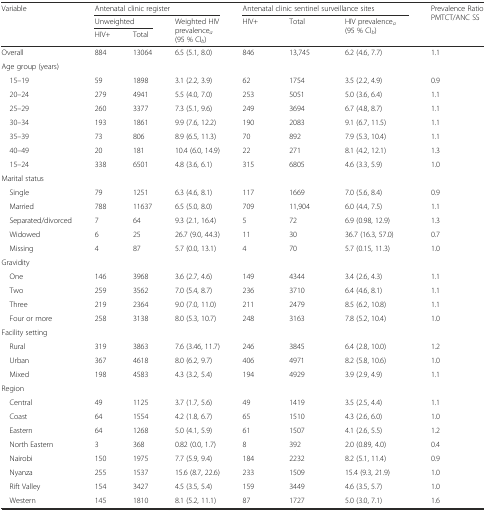
<table><thead><tr><td rowspan="3"><b>Variable</b></td><td colspan="3"><b>Antenatal clinic register</b></td><td colspan="3"><b>Antenatal clinic sentinel surveillance sites</b></td><td rowspan="3"><b>Prevalence Ratio PMTCT/ANC SS</b></td></tr><tr><td colspan="2"><b>Unweighted</b></td><td rowspan="2"><b>Weighted HIV prevalence<sub><i>a</i></sub> (95 % CI<sub><i>b</i></sub>)</b></td><td rowspan="2"><b>HIV+</b></td><td rowspan="2"><b>Total</b></td><td rowspan="2"><b>HIV prevalence<sub><i>a</i></sub> (95 % CI<sub><i>b</i></sub>)</b></td></tr><tr><td><b>HIV+</b></td><td><b>Total</b></td></tr></thead><tbody><tr><td>Overall</td><td>884</td><td>13064</td><td>6.5 (5.1, 8.0)</td><td>846</td><td>13,745</td><td>6.2 (4.6, 7.7)</td><td>1.1</td></tr><tr><td colspan="8">Age group (years)</td></tr><tr><td> 15–19</td><td>59</td><td>1898</td><td>3.1 (2.2, 3.9)</td><td>62</td><td>1754</td><td>3.5 (2.2, 4.9)</td><td>0.9</td></tr><tr><td> 20–24</td><td>279</td><td>4941</td><td>5.5 (4.0, 7.0)</td><td>253</td><td>5051</td><td>5.0 (3.6, 6.4)</td><td>1.1</td></tr><tr><td> 25–29</td><td>260</td><td>3377</td><td>7.3 (5.1, 9.6)</td><td>249</td><td>3694</td><td>6.7 (4.8, 8.7)</td><td>1.1</td></tr><tr><td> 30–34</td><td>193</td><td>1861</td><td>9.9 (7.6, 12.2)</td><td>190</td><td>2083</td><td>9.1 (6.7, 11.5)</td><td>1.1</td></tr><tr><td> 35–39</td><td>73</td><td>806</td><td>8.9 (6.5, 11.3)</td><td>70</td><td>892</td><td>7.9 (5.3, 10.4)</td><td>1.1</td></tr><tr><td> 40–49</td><td>20</td><td>181</td><td>10.4 (6.0, 14.9)</td><td>22</td><td>271</td><td>8.1 (4.2, 12.1)</td><td>1.3</td></tr><tr><td> 15–24</td><td>338</td><td>6501</td><td>4.8 (3.6, 6.1)</td><td>315</td><td>6805</td><td>4.6 (3.3, 5.9)</td><td>1.0</td></tr><tr><td colspan="8">Marital status</td></tr><tr><td> Single</td><td>79</td><td>1251</td><td>6.3 (4.6, 8.1)</td><td>117</td><td>1669</td><td>7.0 (5.6, 8.4)</td><td>0.9</td></tr><tr><td> Married</td><td>788</td><td>11637</td><td>6.5 (5.0, 8.0)</td><td>709</td><td>11,904</td><td>6.0 (4.4, 7.5)</td><td>1.1</td></tr><tr><td> Separated/divorced</td><td>7</td><td>64</td><td>9.3 (2.1, 16.4)</td><td>5</td><td>72</td><td>6.9 (0.98, 12.9)</td><td>1.3</td></tr><tr><td> Widowed</td><td>6</td><td>25</td><td>26.7 (9.0, 44.3)</td><td>11</td><td>30</td><td>36.7 (16.3, 57.0)</td><td>0.7</td></tr><tr><td> Missing</td><td>4</td><td>87</td><td>5.7 (0.0, 13.1)</td><td>4</td><td>70</td><td>5.7 (0.15, 11.3)</td><td>1.0</td></tr><tr><td colspan="8">Gravidity</td></tr><tr><td> One</td><td>146</td><td>3968</td><td>3.6 (2.7, 4.6)</td><td>149</td><td>4344</td><td>3.4 (2.6, 4.3)</td><td>1.1</td></tr><tr><td> Two</td><td>259</td><td>3562</td><td>7.0 (5.4, 8.7)</td><td>236</td><td>3710</td><td>6.4 (4.6, 8.1)</td><td>1.1</td></tr><tr><td> Three</td><td>219</td><td>2364</td><td>9.0 (7.0, 11.0)</td><td>211</td><td>2479</td><td>8.5 (6.2, 10.8)</td><td>1.1</td></tr><tr><td> Four or more</td><td>258</td><td>3138</td><td>8.0 (5.3, 10.7)</td><td>248</td><td>3163</td><td>7.8 (5.2, 10.4)</td><td>1.0</td></tr><tr><td colspan="8">Facility setting</td></tr><tr><td> Rural</td><td>319</td><td>3863</td><td>7.6 (3.46, 11.7)</td><td>246</td><td>3845</td><td>6.4 (2.8, 10.0)</td><td>1.2</td></tr><tr><td> Urban</td><td>367</td><td>4618</td><td>8.0 (6.2, 9.7)</td><td>406</td><td>4971</td><td>8.2 (5.8, 10.6)</td><td>1.0</td></tr><tr><td> Mixed</td><td>198</td><td>4583</td><td>4.3 (3.2, 5.4)</td><td>194</td><td>4929</td><td>3.9 (2.9, 4.9)</td><td>1.1</td></tr><tr><td colspan="8">Region</td></tr><tr><td> Central</td><td>49</td><td>1125</td><td>3.7 (1.7, 5.6)</td><td>49</td><td>1419</td><td>3.5 (2.5, 4.4)</td><td>1.1</td></tr><tr><td> Coast</td><td>64</td><td>1554</td><td>4.2 (1.8, 6.7)</td><td>65</td><td>1510</td><td>4.3 (2.6, 6.0)</td><td>1.0</td></tr><tr><td> Eastern</td><td>64</td><td>1268</td><td>5.0 (4.1, 5.9)</td><td>61</td><td>1507</td><td>4.1 (2.6, 5.5)</td><td>1.2</td></tr><tr><td> North Eastern</td><td>3</td><td>368</td><td>0.82 (0.0, 1.7)</td><td>8</td><td>392</td><td>2.0 (0.89, 4.0)</td><td>0.4</td></tr><tr><td> Nairobi</td><td>150</td><td>1975</td><td>7.7 (5.9, 9.4)</td><td>184</td><td>2232</td><td>8.2 (5.1, 11.4)</td><td>0.9</td></tr><tr><td> Nyanza</td><td>255</td><td>1537</td><td>15.6 (8.7, 22.6)</td><td>233</td><td>1509</td><td>15.4 (9.3, 21.9)</td><td>1.0</td></tr><tr><td> Rift Valley</td><td>154</td><td>3427</td><td>4.5 (3.5, 5.4)</td><td>159</td><td>3449</td><td>4.6 (3.5, 5.7)</td><td>1.0</td></tr><tr><td> Western</td><td>145</td><td>1810</td><td>8.1 (5.2, 11.1)</td><td>87</td><td>1727</td><td>5.0 (3.0, 7.1)</td><td>1.6</td></tr></tbody></table>